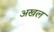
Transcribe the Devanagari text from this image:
अखल